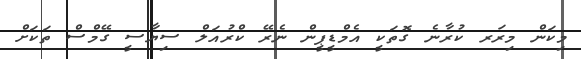
މިކަން މިރަރ ކުރާނެ ގޮތަކީ އެމްޑީޕީން ނެރޭ ކްރުއަލް ސިޔާސީ ގޭމްސް ތަކަށް